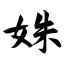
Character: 姝